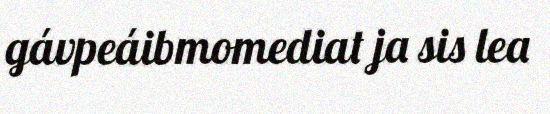
gávpeáibmomediat ja sis lea